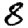
Digit: 8